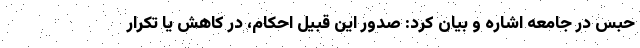
حبس در جامعه اشاره و بیان کرد: صدور این قبیل احکام، در کاهش یا تکرار